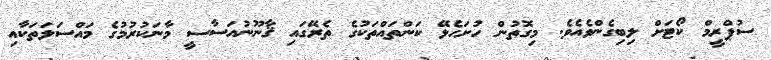
ސުޕްރީމް ކޯޓަށް ލިބިގެންވެއެވެ. މިގޮތުން ހުށަހެޅޭ ކަންތައްތަކުގެ ތެރޭގައި ޤާނޫނުއަސާސީ މާނަކުރުމުގެ މައްސަލަތަކާއި